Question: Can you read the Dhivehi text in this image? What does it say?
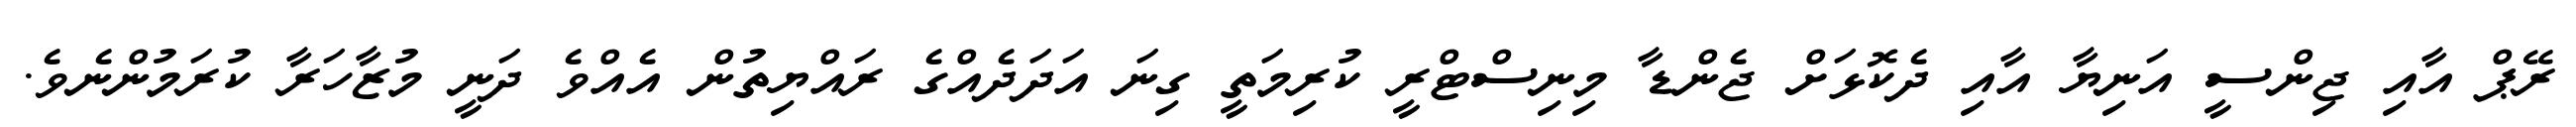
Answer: ރޭޕް އާއި ޖިންސީ އަނިޔާ އާއި ދެކޮޅަށް ޖެންޑާ މިނިސްޓްރީ ކުރިމަތީ ގިނަ އަދަދެއްގެ ރައްޔިތުން އެއްވެ ދަނީ މުޒާހަރާ ކުރަމުންނެވެ.